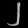
Digit: ၂